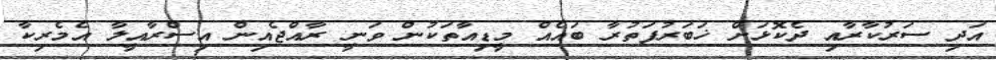
އަދި ސަރުކާރާއި ދެކޮޅަށް ޚަބަރުފަތުރާ ބައެއް މީޑިއާތަކުން ވަނީ ރާއްޖެއިން އިސްރާއީލާ އެމެރިކާ